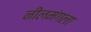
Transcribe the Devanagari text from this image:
नीलमंगला